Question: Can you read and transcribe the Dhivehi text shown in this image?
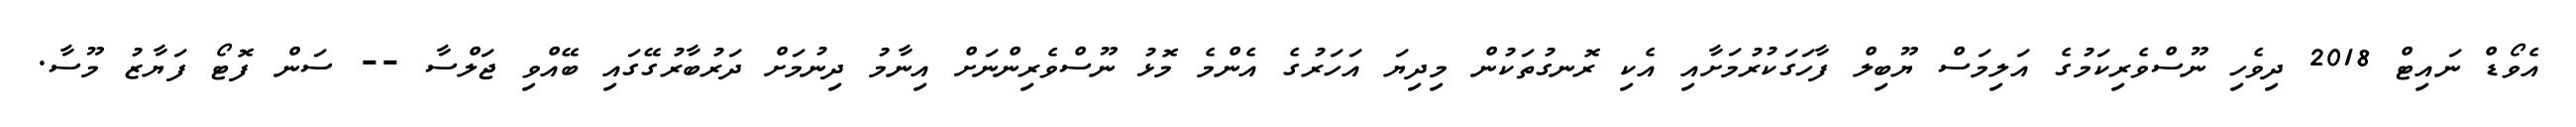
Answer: އެވޯޑް ނައިޓް 2018 ދިވެހި ނޫސްވެރިކަމުގެ އަލިމަސް ޔޫބިލް ފާހަގަކުރުމަށާއި އެކި ރޮނގުތަކުން މިދިޔަ އަހަރުގެ އެންމެ މޮޅު ނޫސްވެރިންނަށް އިނާމު ދިނުމަށް ދަރުބާރުގޭގައި ބޭއްވި ޖަލްސާ -- ސަން ފޮޓޯ ފަޔާޒު މޫސާ.